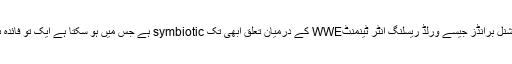
سعودی عرب اور انٹر نیشنل برانڈز جیسے ورلڈ ریسلنگ انٹر ٹینمنٹWWE کے درمیان تعلق ابھی تک symbiotic ہے جس میں ہو سکتا ہے ایک تو فائدہ ہو مگر دوسرے کو نہیں۔